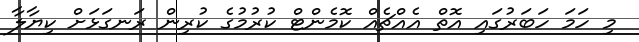
މި ހަމަ ހަބަރުގައި އޮތް އެއްޗެއް ކޮމެންޓް ކުރުމުގެ ކުރިން ރަނގަޅަށް ކިޔާލާ